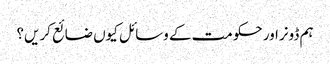
ہم ڈونراور حکومت کے وسائل کیوں ضائع کریں؟